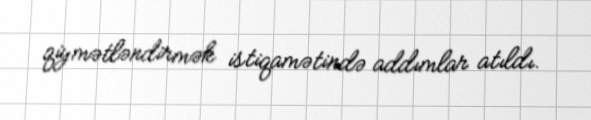
qiymətləndirmək istiqamətində addımlar atıldı.